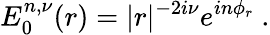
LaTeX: E_{0}^{n,\nu}(r)=|r|^{-2i\nu}e^{in\phi_{r}}\ .